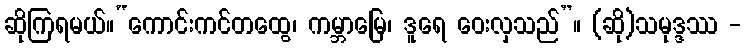
ဆိုကြရမယ်။“ကောင်းကင်တထွေ၊ ကမ္ဘာမြေ၊ ဒူရေ ဝေးလှသည်”။ (ဆို)သမုဒ္ဒဿ -